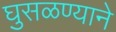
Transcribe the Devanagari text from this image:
घुसळण्याने